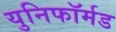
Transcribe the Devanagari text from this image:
युनिफॉर्मड